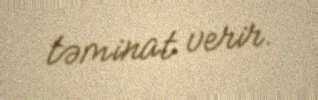
təminat verir.